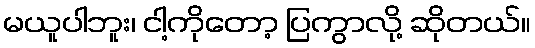
မယူပါဘူး၊ ငါ့ကိုတော့ ပြကွာလို့ ဆိုတယ်။